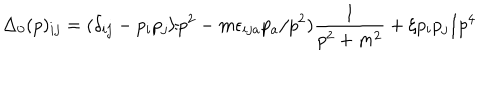
\Delta _ { 0 } ( p ) _ { i j } = ( \delta _ { i j } - p _ { i } p _ { j } / p ^ { 2 } - m \epsilon _ { i j a } p _ { a } / p ^ { 2 } ) \frac { 1 } { p ^ { 2 } + m ^ { 2 } } + \xi p _ { i } p _ { j } / p ^ { 4 }